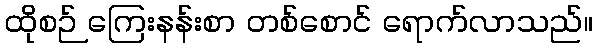
ထိုစဉ် ကြေးနန်းစာ တစ်စောင် ရောက်လာသည်။